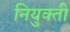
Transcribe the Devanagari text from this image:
नियुक्‍ती